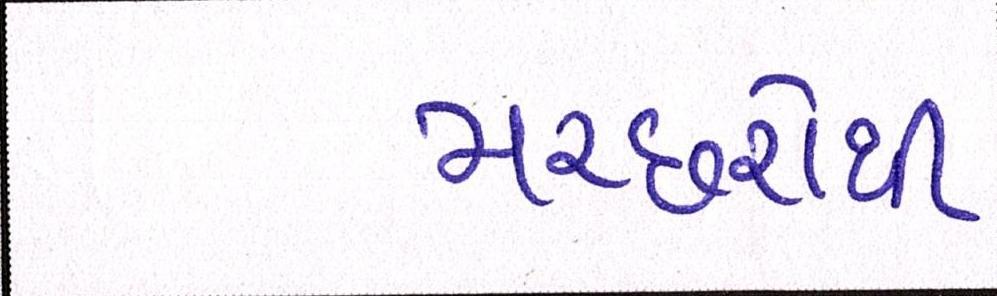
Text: મચ્છરોથી